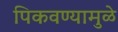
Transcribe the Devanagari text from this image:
पिकवण्यामुळे